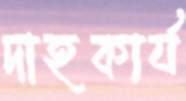
দাহকার্য